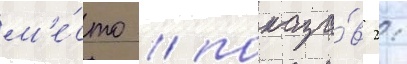
м'е́сто / показа́в 2: